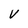
Character: V